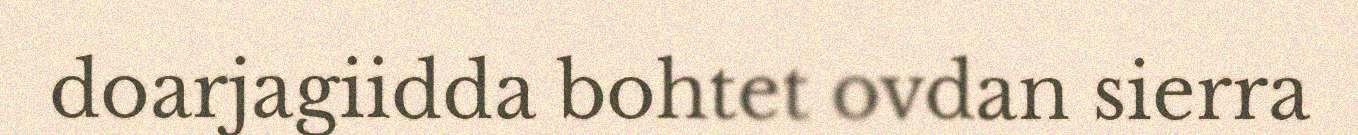
doarjagiidda bohtet ovdan sierra